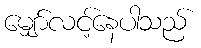
မျှော်လင့်နေပါသည်